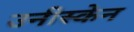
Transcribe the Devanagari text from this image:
उनीस्केन